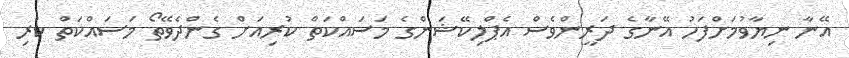
އޭނާ ނިޔާވުމަށްފަހު އޭނާގެ ދަރީންވެސް އެޕްލިކޭޝަންގެ މަސައްކަތް ކުރިއަށް ގެންދެވޭތޯ މަސައްކަތް ކުރި